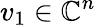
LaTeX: v_{1}\in\mathbb{C}^{n}